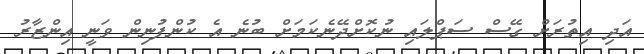
އަދި އިތުރަށް ގޭސް ސަޕްލައި ނުކޮށްދޭނެކަމަށް ބުނެ އެ ކުންފުނިން ވަނީ އިންޒާރު